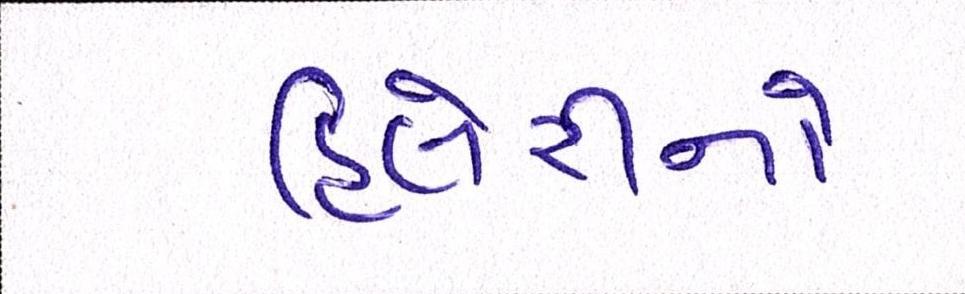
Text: હિલેરીનો